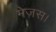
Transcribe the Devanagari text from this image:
मेजस।